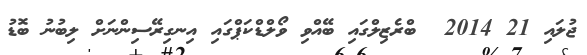
ޖުލައި 21 2014  ބްރެޒިލްގައި ބޭއްވި ވޯލްޑްކަޕްގައި އިނގިރޭސިންނަށް ލިބުނު ބޮޑު